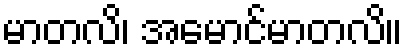
မာတလိ၊ အမောင်မာတလိ။